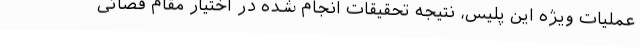
عملیات ویژه این پلیس، نتیجه تحقیقات انجام شده در اختیار مقام قضائی